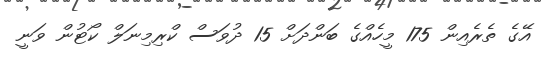
އޭގެ ތެރެއިން 175 މީހެއްގެ ބަންދަށް 15 ދުވަސް ކްރިމިނަލް ކޯޓުން ވަނީ